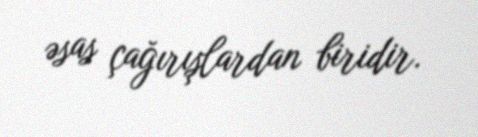
əsas çağırışlardan biridir.